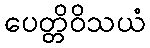
ပေတ္တိဝိသယံ